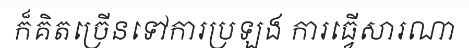
ក៏គិតច្រើនទៅការប្រឡង ការធ្វើសារណា